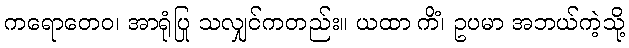
ကရောတေဝ၊ အာရုံပြု သလျှင်ကတည်း။ ယထာ ကိံ၊ ဥပမာ အဘယ်ကဲ့သို့